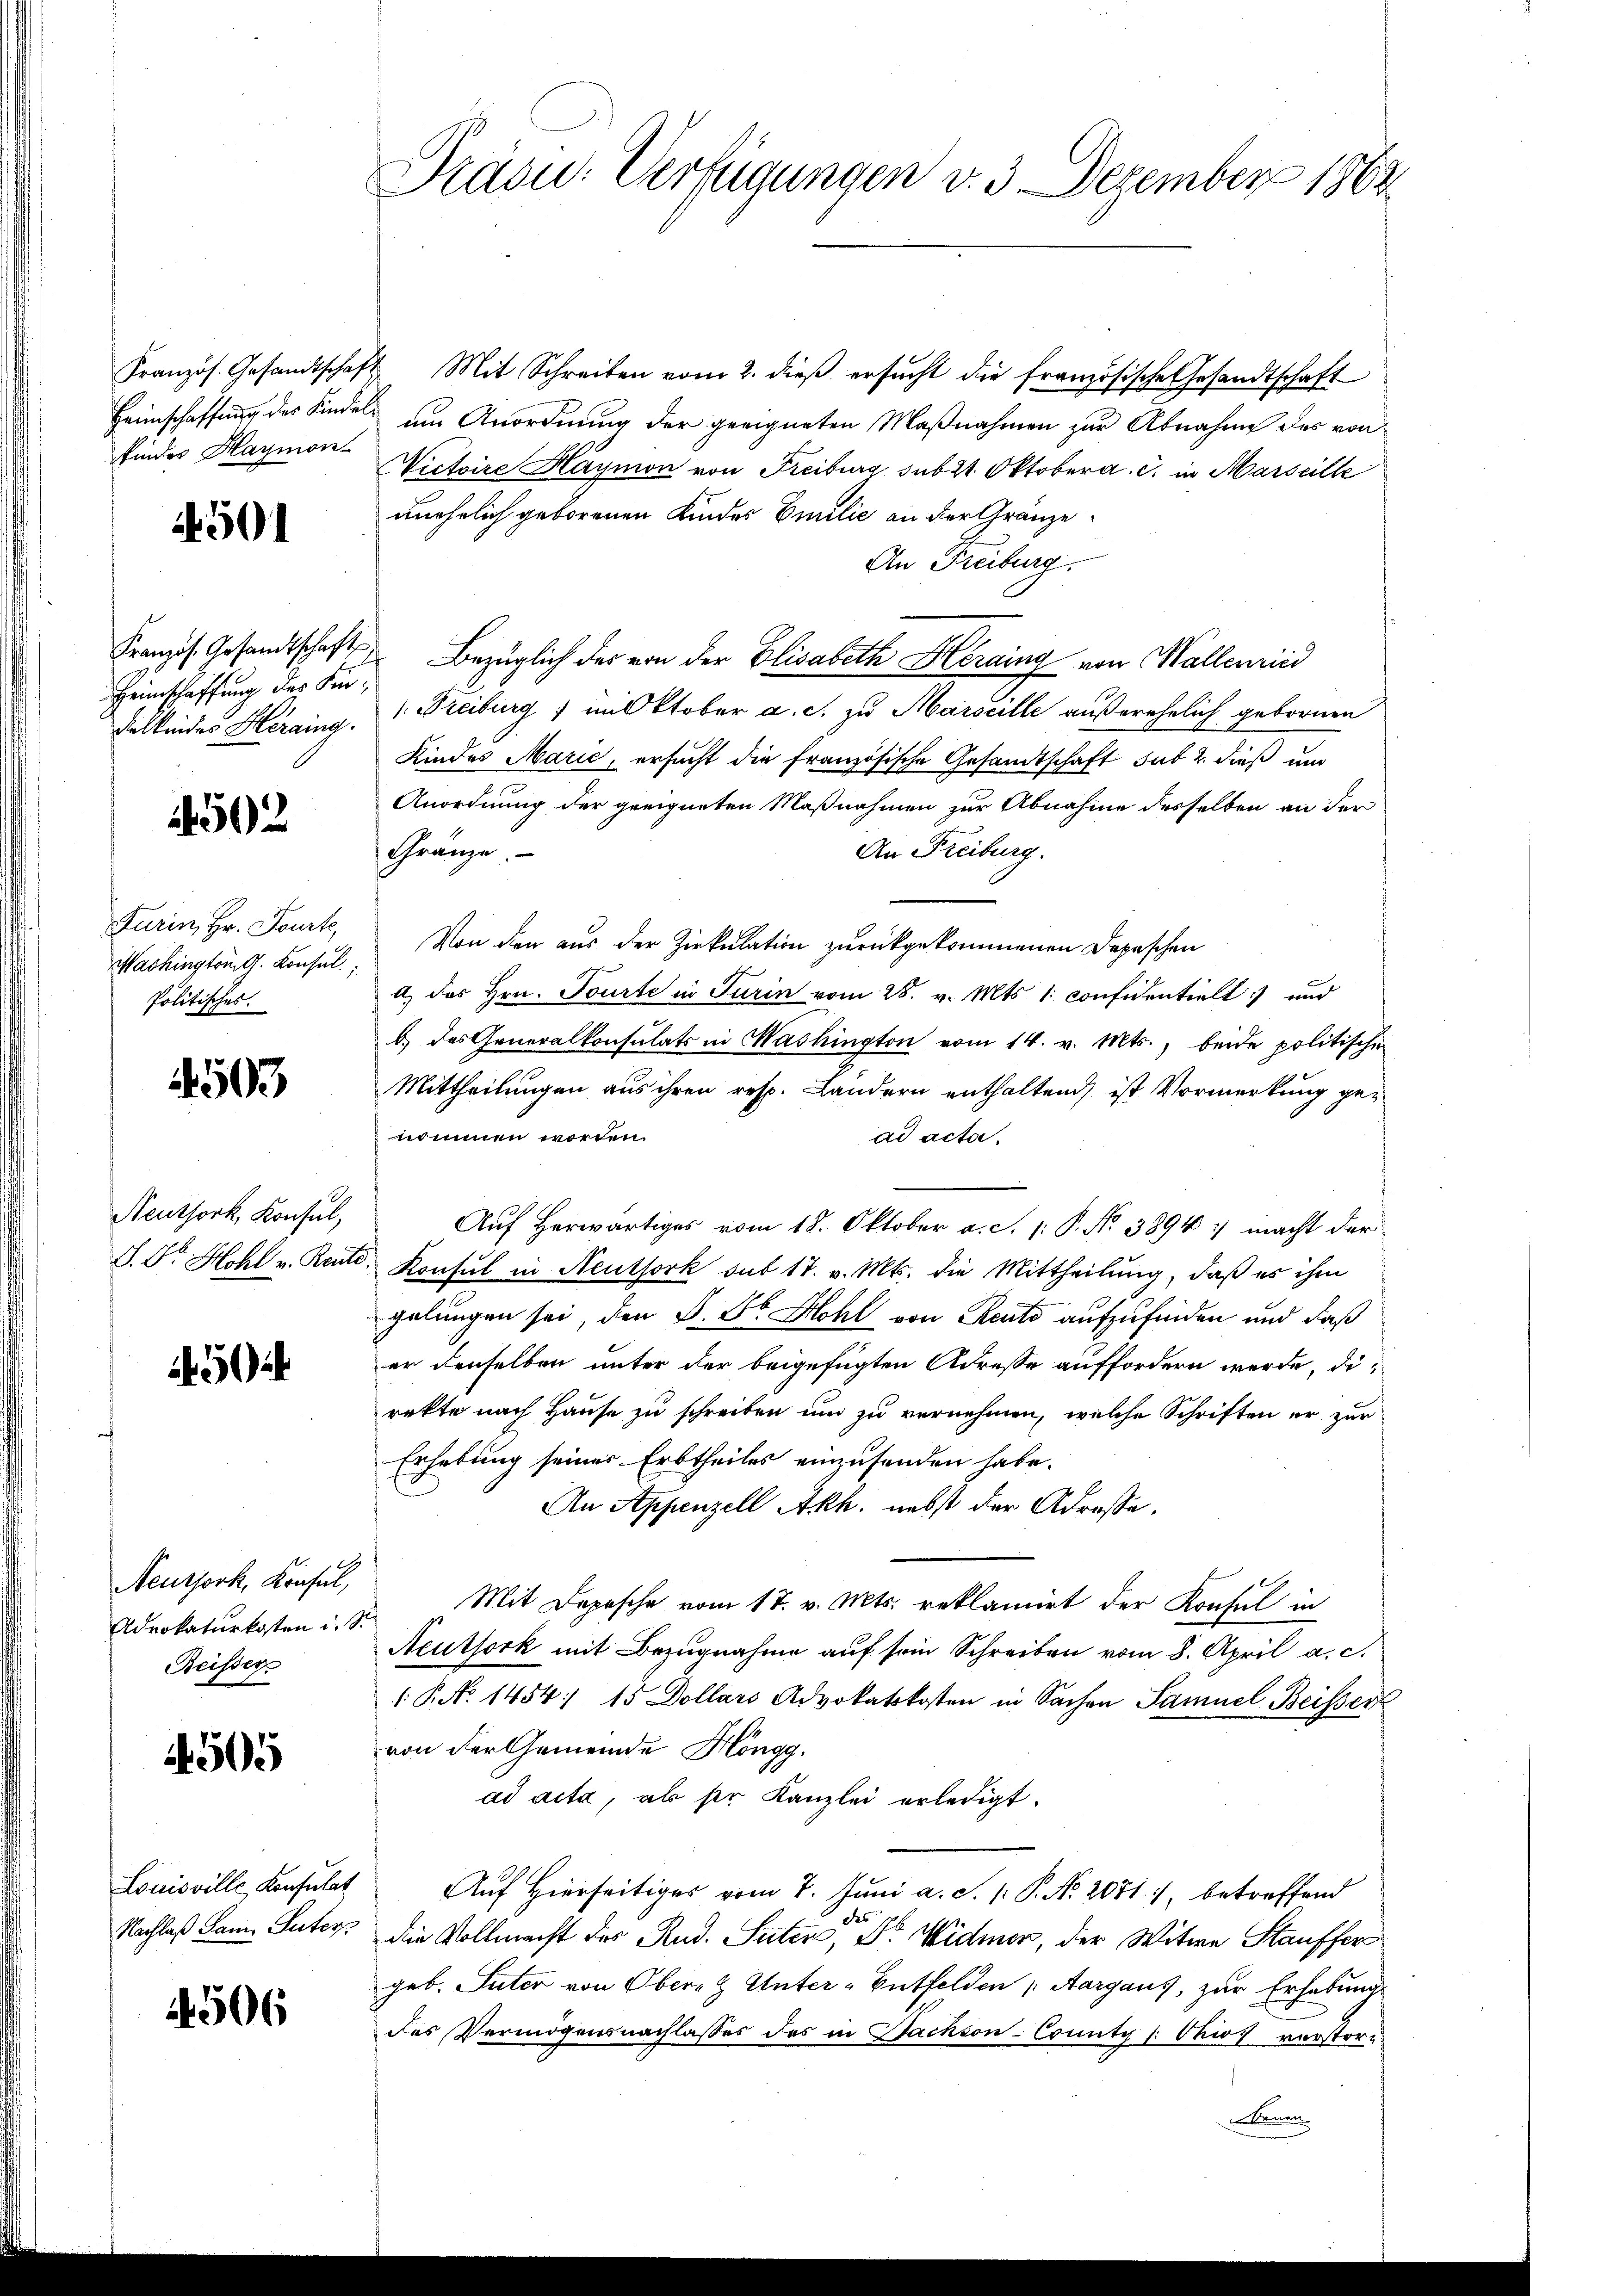
Heimschaffung der Kindel
findes Haymon

4501

Französ. Gesandtschaft
Heimschaffung des Für¬
Falkendes Heraing.
Furin, Hr. Tourte
Mashington G. Konsul
Politisches.

4502

4503

Neuthork, Konsul,
S. Dr. Hohl v. Rente

5

Neussork, Konfel,
Adrokaturkosten u. s.
Reisser

4505

Louisville, Konsulat
Nachlaß Sam. Sutorp

1506

Präsu: Verfügungen v. 3. Dezember 1862

Französ. Gesandtschaft Mit Schreiben vom 2. dieβ ersŭcht die französische Gesandtschaft
um Anordnung der geeigneten Maßnahmen zur Abnahme des von
Victoire Haymon von Freiburg sub 21. Oktober a. c. in Marseille
unehelich geborenen Kindes Emilie an der Gränze
An Freiburg,
Bezüglich des von der Elisabeth Herding von Mallenried
Freiburg) mit ktober a. c. zu Marseille außerehelich gebornen
Kindes Marić, ersucht die französische Gesandtschaft sub 2. dieß und
Anordnung der geeigneten Maßnahmen zur Abnahme desselben an der
An Freiburg.
Gränze
Von den aus der Zirkulation zurückgekommenen Depeschen
d) des Hrn. Tourte in Turin vom 28. v. Mts. 1. confidentielt und
b.) das Generalkonsulats in Washington vom 14. v. Mts., beide politischen
Mittheilungen aus ihren resp. Landern enthaltend, ist Vormerkung genommen worden.
ad acta.
Auf herwärtiges vom 18. Oktober a. c. 1 P. Nr. 3894 :) macht der
Konsul in Neuthork sub 17. v. Mts. die Mittheilung, daß es ihm
gelungen sei, den S. Sr Hohl von Rents aufzufinden und daß
er denselben unter der beigefügten Adresse auffordern werde, direkte nach Hause zu schreiben und zu vernehmen, welche Schriften er zur
Erhebung seiner Erbtheiles einzusenden habe.
An Appenzell Akh. nebst der Adresse.
Mit Depesche vom 17. v. Mts. reklamirt der Konsul in
Neuthork mit Bezugnahme auf sein Schreiben vom 8. April a. c.
( P. Nr. 1454. 15 Dollars Advokatskosten in Sachen Samuel Beisser
von der Gemeinde Höngg.
ad acta, als ser Kanzlei erledigt.
Auf Hierseitiges vom 7. Juni a. S. 1. P. Nr. 2071 :/ betreffend

die Vollmacht des Rud. Suter, D. Widmer, der Witwe Stauffer
geb. Suter von Obern & Unter-Entfelden Aargaus, zur Erhebung
des Vermögensnachlasses des in Bachson-County (: Ohios verstor-
Benen